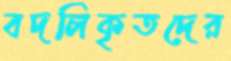
বদলিকৃতদের